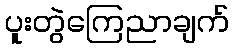
ပူးတွဲကြေညာချက်